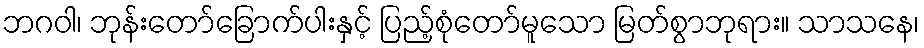
ဘဂဝါ၊ ဘုန်းတော်ခြောက်ပါးနှင့် ပြည့်စုံတော်မူသော မြတ်စွာဘုရား။ သာသနေ၊